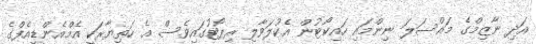
އަދި ނާޒިމްގެ މައްސަލަ ނިންމައި ހައިކޯޓުން އެކުލަވާލި ރިޕޯޓުގައިވެސް އެ ހަތިޔާރަކީ އެމްއެންޑީއެފްގެ